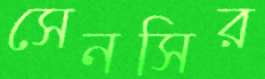
সেনসির